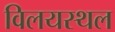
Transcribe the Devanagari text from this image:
विलयस्थल